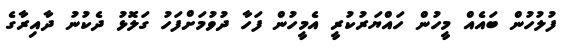
ފުލުހުން ބައެއް މީހުން ހައްޔަރުކުރީ އެމީހުން ފަހާ ދުވުމަށްފަހު ގަލޮޅު ދެކުނު ދާއިރާގެ